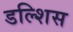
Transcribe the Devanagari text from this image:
डल्शिस